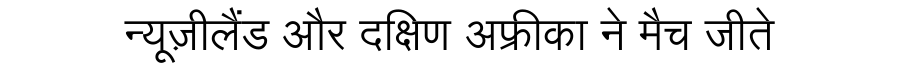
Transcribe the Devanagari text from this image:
न्यूज़ीलैंड और दक्षिण अफ्रीका ने मैच जीते